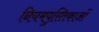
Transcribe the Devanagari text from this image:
नियमपुस्तिकाओं